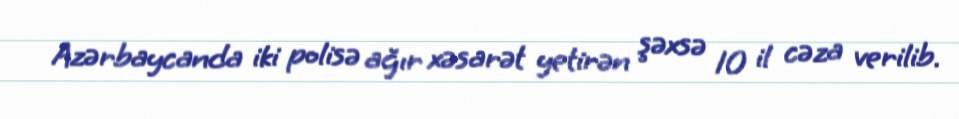
Azərbaycanda iki polisə ağır xəsarət yetirən şəxsə 10 il cəza verilib.